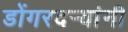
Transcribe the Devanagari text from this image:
डोंगरदर्‍यांनी